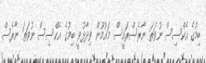
ބިމުގެ އެކްސިސް ނުވަތަ ނާރެސްރައީސް މައުމޫން ވިދާޅުވީ ބިމުގެ އެކްސިސް ނުވަތަ ނާރެސް